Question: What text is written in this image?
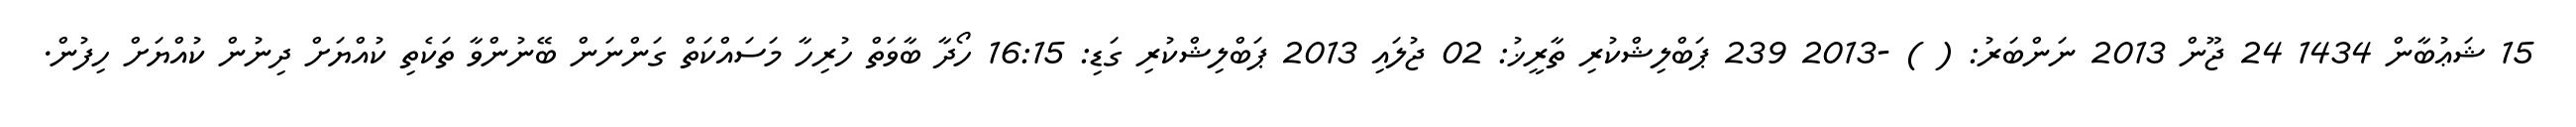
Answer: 15 ޝަޢުބާން 1434 24 ޖޫން 2013 ނަންބަރު: ( ) -2013 239 ޕަބްލިޝްކުރި ތާރީޚު: 02 ޖުލައި 2013 ޕަބްލިޝްކުރި ގަޑި: 16:15 ހޯދާ ބާވަތް ހުރިހާ މަސައްކަތް ގަންނަން ބޭނުންވާ ތަކެތި ކުއްޔަށް ދިނުން ކުއްޔަށް ހިފުން.